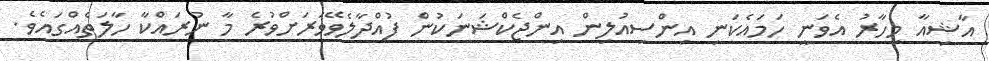
އާޝިއާ މިހާރު އެވަނީ ހަމައެކަނި އިންސިއުލިން އިންޖެކްޝަނަކުން ފުއްދާލެވޭވަރަށްވުރެ މާ ނުރައްކާ ހާލަތެއްގައެވެ.